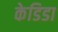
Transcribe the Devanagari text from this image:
केडिडा